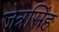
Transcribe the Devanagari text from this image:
जेत्रसिंह